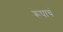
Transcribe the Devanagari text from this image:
रूपाचं